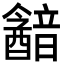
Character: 韽